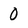
Character: 0